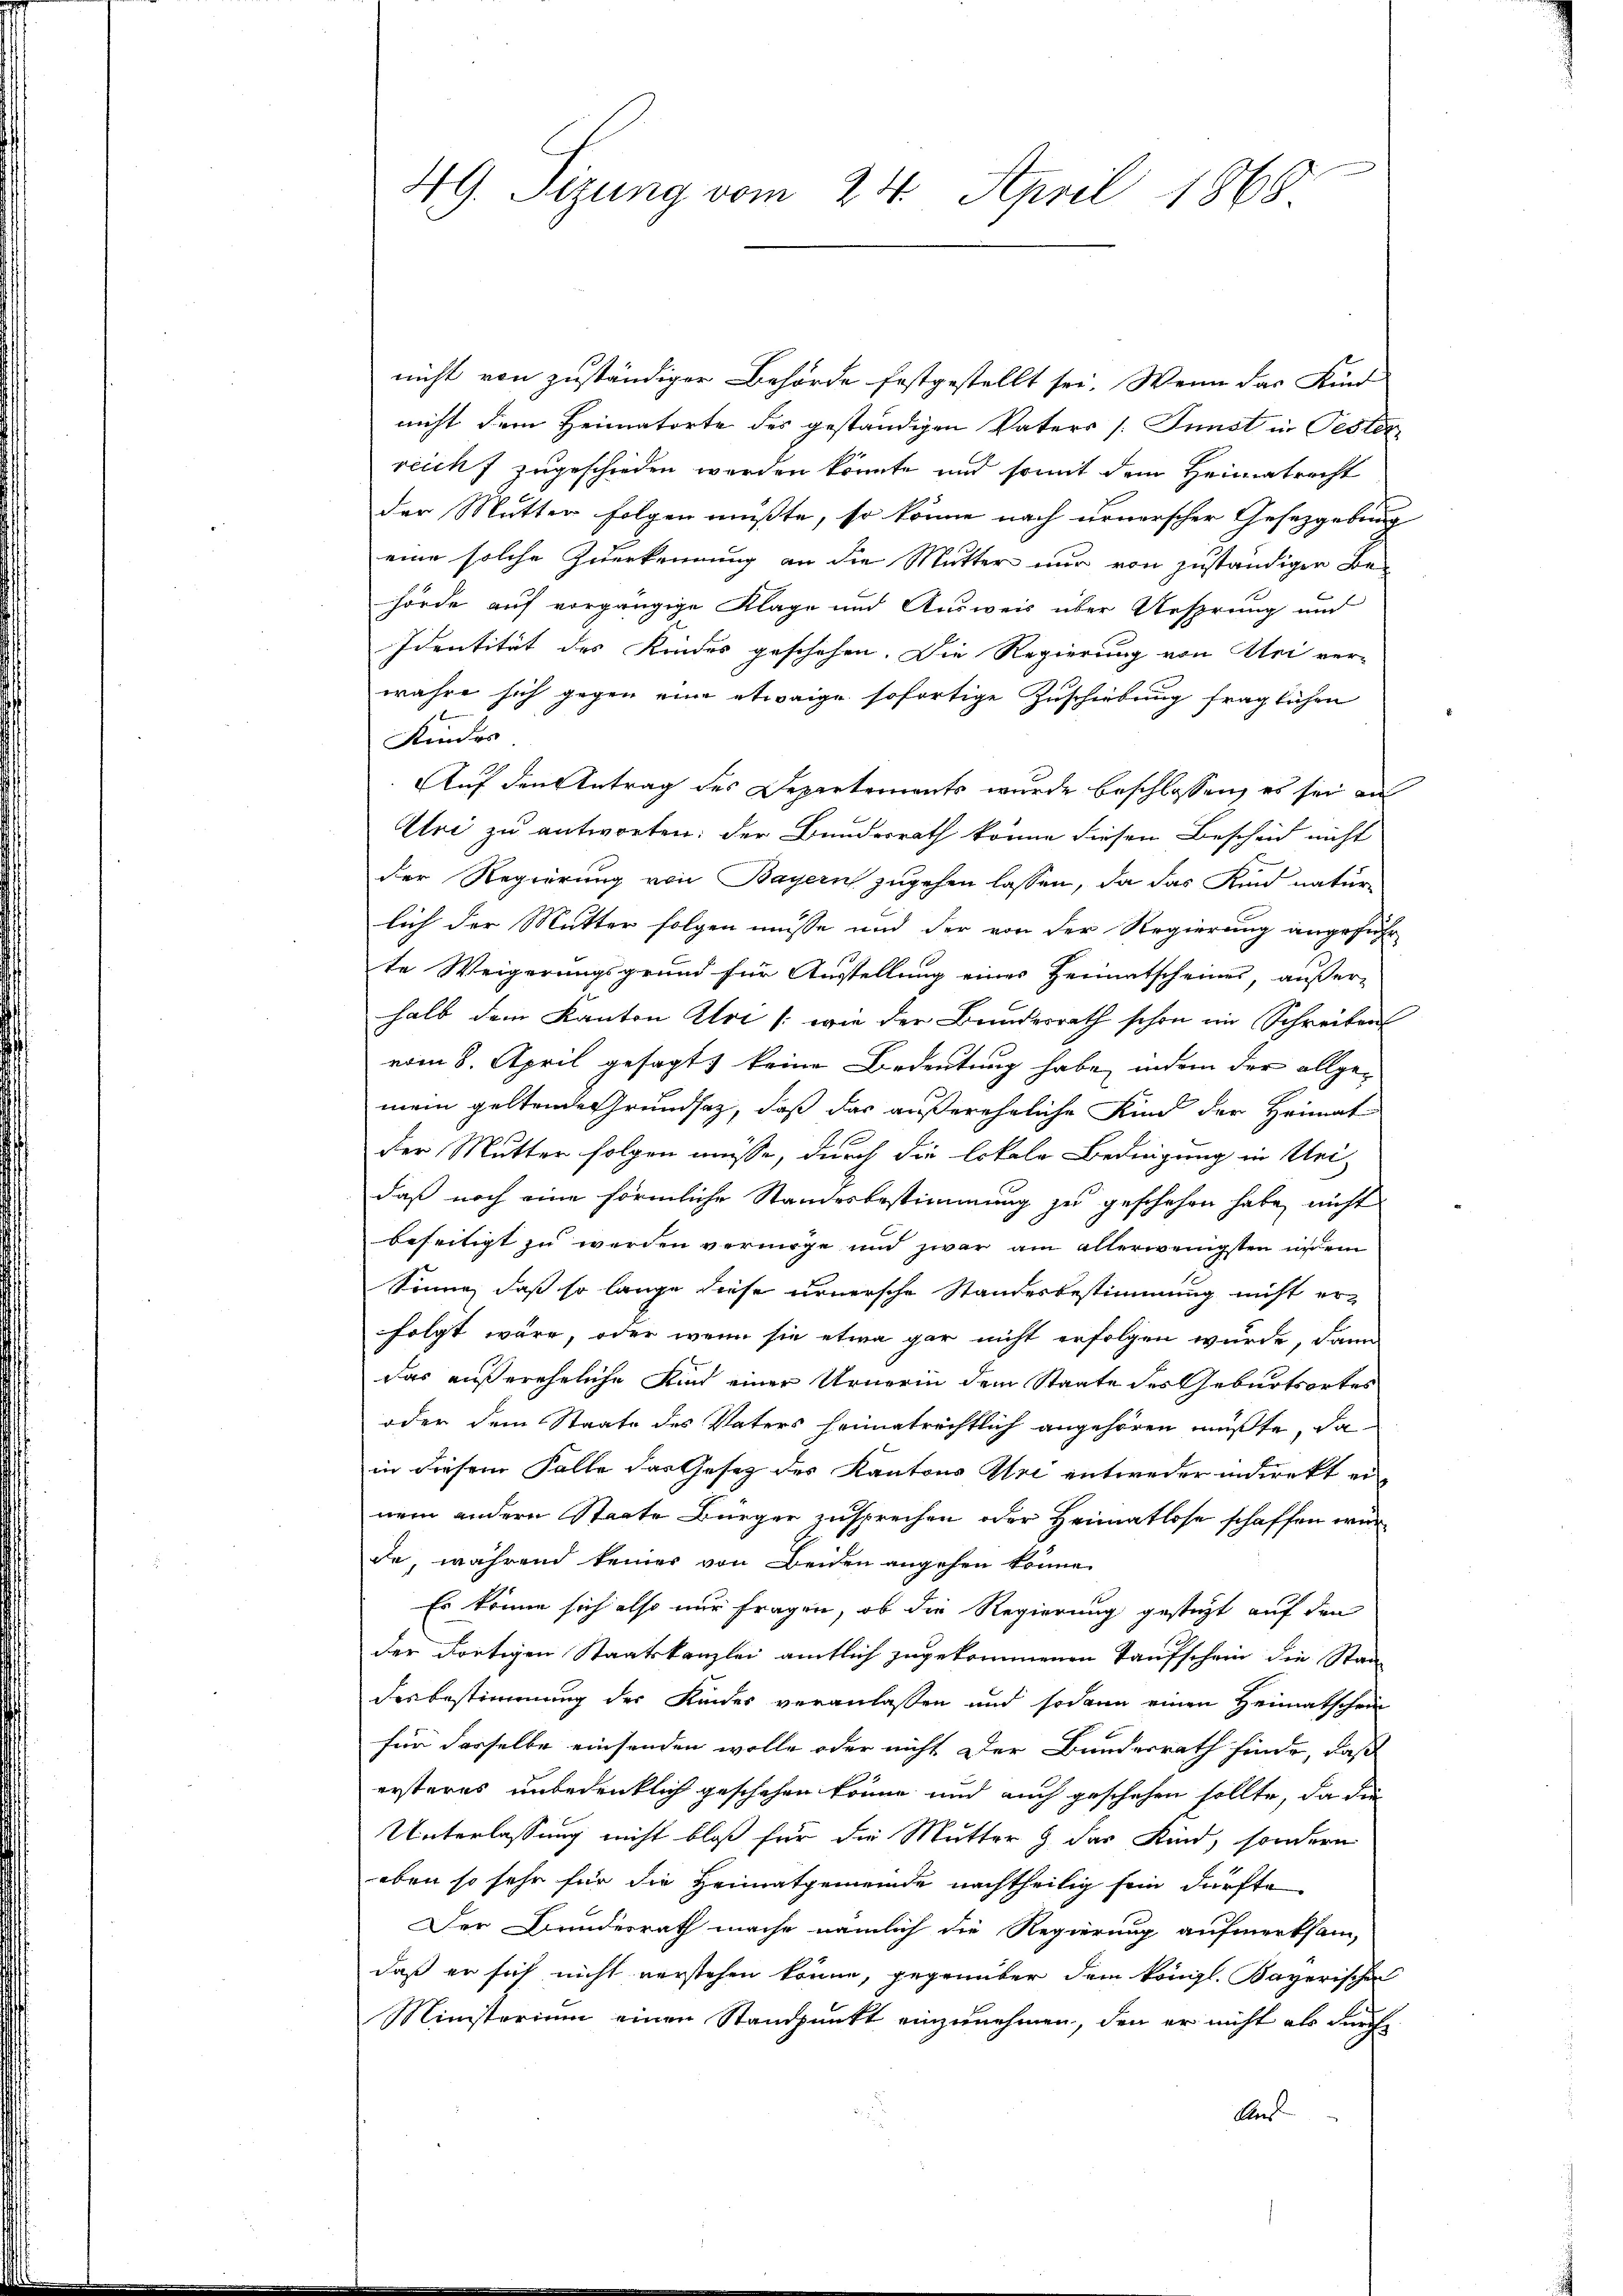
49. Sizung vom 24. April 1868.

nicht von zuständiger Behörde festgestellt sei. Wenn das Kind
nicht dem Heimatorte des geständigen Vaters (Junst in Oeste
reich zugeschieden werden könnte und somit dem Heimatrecht
der Mutter folgen müßte, so könne nach urnerscher Gesetzgebung
eine solche Zuerkennung an die Mutter nur von zuständiger Be-
hörde auf vorgängige Klage und Ausweis über Ansprung und
Identität des Kindes geschehen. Die Regierung von Uri verwahre sich gegen eine etwaige sofortige Zuschiebung fraglichen
Kinder
Auf den Antrag des Departements wurde beschlossen, es sei an
Uri zu antworten: der Bundesrath könne diesen Bescheid nicht
der Regierung von Bayern zugehen lassen, da das Kind natur-
lich der Mutter folgen müsse und der von der Regierung angeführ
te Weigerungsgrund für Austellung eines Heimatscheines, außer
halb dem Kanton Uri /: wie der Bundesrath schon im Schreiben
vom 8. April gesagt, keine Bedeutung habe, indem der allge-
mein geltende Grundsatz, daß das außerehrliche Kind der Heimat
der Mutter folgen müsse, durch die lokale Bedingung in Uri
daß noch eine förmliche Standesbestimmung zu geschehen habe, nicht
beseitigt zu werden vermöge und zwar am allerwenigsten in dem
Sönne, daß so lange diese urnersche Standesbestimmung nicht er-
folgt wäre, oder wenn sie etwa gar nicht erfolgen wurde, dann
Das außereheliche Kind einer Urnerin dem Staate des Geburtsortes
oder dem Staate des Vaters heimatrechtlich angehören müßte, da
in diesem Falle das Gesetz des Kantons Uri entweder indirekt einem andern Staate Bürger zusprechen oder Heimatlose schaffen wär
de, während keiner von Beiden angehen könne.
Er könne sich also nur fragen, ob die Regierung gesteht auf den
der Fortigen Staatskanzlei amtlich zugekommenen Taufschein die Staa
desbestimmung der Kindes veranlaßen und sodann einen Heimatschein
für derselbe einsenden wolle oder nicht der Bundesrath finde, daß
ersteres unbedenklich geschehen könne und auch geschehen sollte, da die
Unterlassung nicht bloß für die Mutter & das Kind, sondern
eben so sehr für die Heimatgemeinde nachtheilig sein dürfte
Der Bundesrath mache nämlich die Regierung aufmerksam,
daß er sich nicht verstehen könne, gegenüber dem königl. Bayerischen
Ministerium einen Standpunkt einzunehmen, den er nicht als durch
An